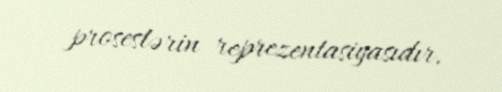
proseslərin reprezentasiyasıdır.